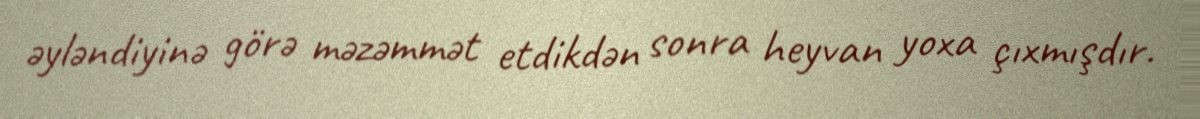
əyləndiyinə görə məzəmmət etdikdən sonra heyvan yoxa çıxmışdır.